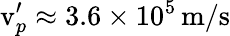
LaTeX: \mathrm{v}_{p}^{\prime}\approx 3.6\times 10^{5}\, \mathrm{m/s}